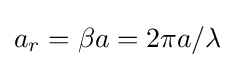
a_{r}=\beta a=2\pi a/\lambda